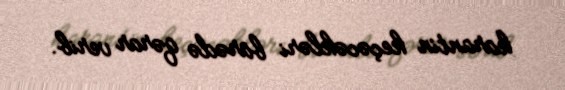
karantin keçəcəkləri barədə qərar verib.